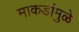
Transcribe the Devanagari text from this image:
माकडांमुळे